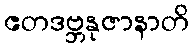
ဧတဒဗ္ဘနုဇာနာတိ